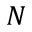
N